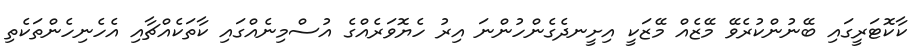
ކާކޮޓަރީގައި ބޭނުންކުރެވޭ މޭޒެއް މޭޒަކީ އިށީނދެގެންހުންނަ އިރު ހެޔޮވަރެއްގެ އުސްމިނެއްގައި ކާތަކެއްޗާއި އެހެނިހެންތަކެތި